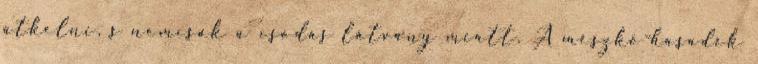
átkelni, s nemcsak a csodás látvány miatt. A mészkő-hasadék